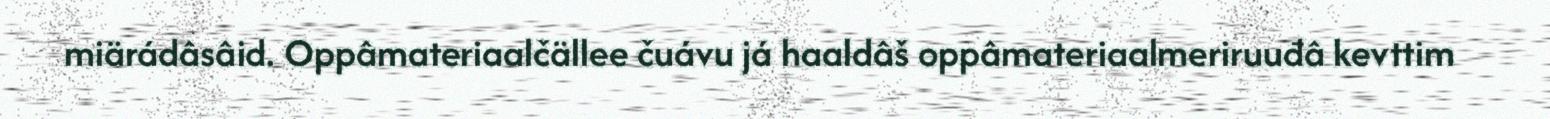
miärádâsâid. Oppâmateriaalčällee čuávu já haaldâš oppâmateriaalmeriruuđâ kevttim